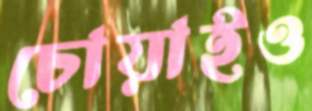
চোয়াইও